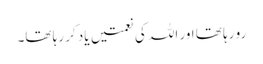
رو رہا تھا اور اللہ کی نعمتیں یاد کر رہا تھا۔